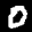
Label: 0